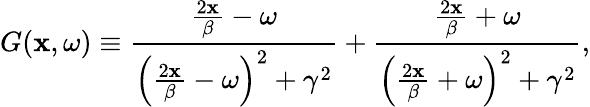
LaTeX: G(\mathbf{x},\omega)\equiv\frac{{\frac{{2\mathbf{x}}}{{\beta}}-\omega}}{{\left(\frac{{2\mathbf{x}}}{{\beta}}-\omega\right)^{2}+\gamma^{2}}}+\frac{{\frac{{2\mathbf{x}}}{{\beta}}+\omega}}{{\left(\frac{{2\mathbf{x}}}{{\beta}}+\omega\right)^{2}+\gamma^{2}}},